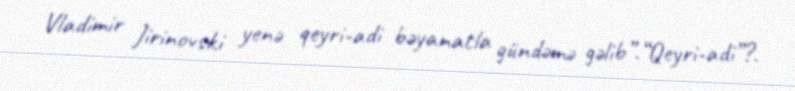
Vladimir Jirinovski yenə qeyri-adi bəyanatla gündəmə gəlib”.“Qeyri-adi”?.